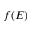
f ( E )